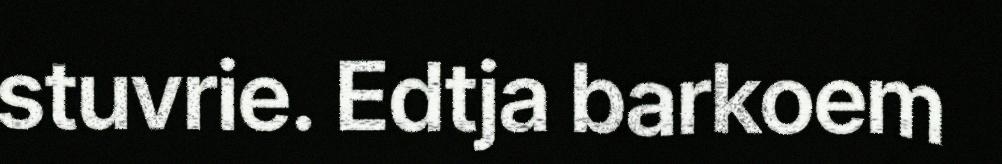
stuvrie. Edtja barkoem